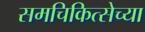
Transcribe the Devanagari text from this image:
समचिकित्सेच्या